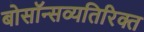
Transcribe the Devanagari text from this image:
बोसॉन्सव्यतिरिक्त